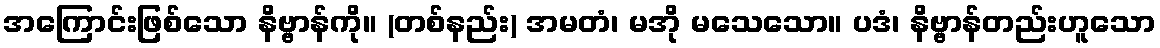
အကြောင်းဖြစ်သော နိဗ္ဗာန်ကို။ (တစ်နည်း) အမတံ၊ မအို မသေသော။ ပဒံ၊ နိဗ္ဗာန်တည်းဟူသော